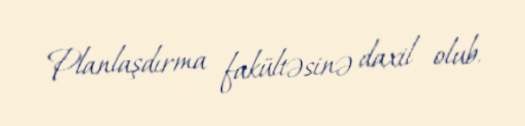
Planlaşdırma fakültəsinə daxil olub.